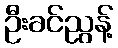
ဦးခင်ညွန့်